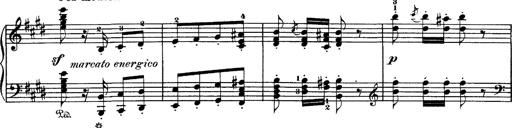
Title: Hungarian Rhapsody No.1
Composer: Franz Liszt
Key: C-sharp minor